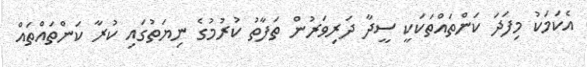
އެކަމަކު މިފަދަ ކަންތައްތަކަކީ ސީދާ ދަރިވަރުން ތަފާތު ކުރުމުގެ ނިޔަތުގައި ކުރާ ކަންތައްތައް